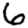
Digit: 6